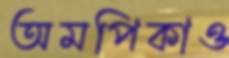
অমপিকাও